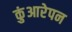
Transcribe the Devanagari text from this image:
कुंआरेपन